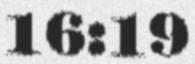
16:19